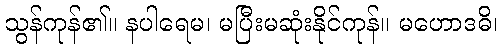
သွန်ကုန်၏။ နပါရေမ၊ မပြီးမဆုံးနိုင်ကုန်။ မဟောဒဓိ၊